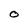
Character: O